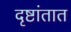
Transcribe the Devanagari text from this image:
दृष्टांतात